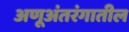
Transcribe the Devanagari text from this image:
अणूअंतरंगातील